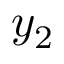
y _ { 2 }